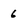
Character: 6